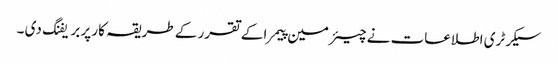
سیکرٹری اطلاعات نے چیئرمین پیمرا کے تقرر کے طریقہ کار پر بریفنگ دی ۔